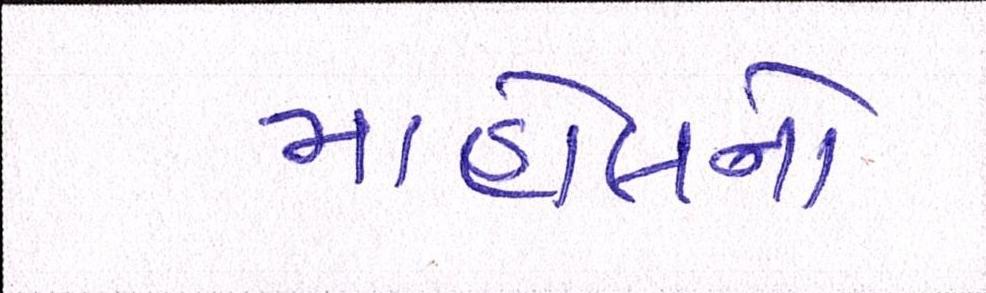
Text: માહોલનો